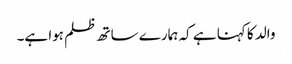
والد کا کہنا ہے کہ ہمارے ساتھ ظلم ہوا ہے۔